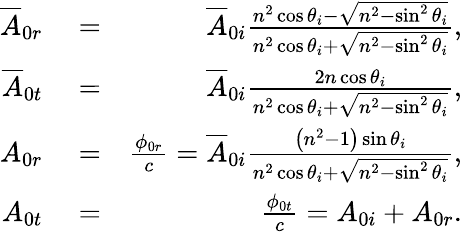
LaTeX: \begin{array}{rlr}{\overline{{A}}_{0r}}&{{}=}&{\overline{{A}}_{0i}\frac{n^{2}\cos\theta_{i}-\sqrt{n^{2}-\sin^{2}\theta_{i}}}{n^{2}\cos\theta_{i}+\sqrt{n^{2}-\sin^{2}\theta_{i}}},}\\ {\overline{{A}}_{0t}}&{{}=}&{\overline{{A}}_{0i}\frac{2n\cos\theta_{i}}{n^{2}\cos\theta_{i}+\sqrt{n^{2}-\sin^{2}\theta_{i}}},}\\ {A_{0r}}&{{}=}&{\frac{\phi_{0r}}{c}=\overline{{A}}_{0i}\frac{\left(n^{2}-1\right)\sin\theta_{i}}{n^{2}\cos\theta_{i}+\sqrt{n^{2}-\sin^{2}\theta_{i}}},}\\ {A_{0t}}&{{}=}&{\frac{\phi_{0t}}{c}=A_{0i}+A_{0r}.}\end{array}